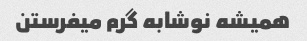
همیشه نوشابه گرم میفرستن